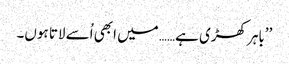
’’باہر کھڑی ہے…… میں ابھی اُسے لاتا ہوں۔